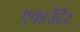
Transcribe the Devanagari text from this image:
एकाउँटेंट